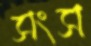
সংস